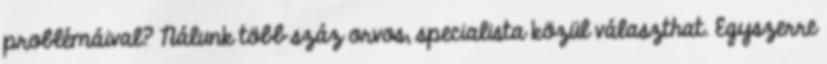
problémáival? Nálunk több száz orvos, specialista közül választhat. Egyszerre